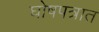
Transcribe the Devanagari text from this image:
घोषपत्रात